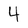
Character: 4